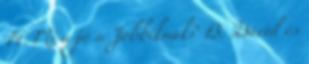
14. Mi a jó a Jobbiknak? 13. Dávid és